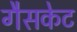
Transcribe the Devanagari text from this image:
गैसकेट